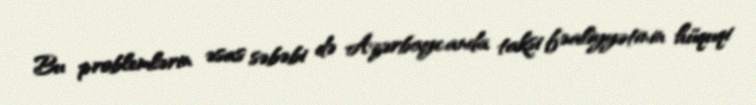
Bu problemlərin əsas səbəbi də Azərbaycanda taksi fəaliyyətinin hüquqi